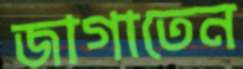
জাগাতেন